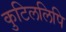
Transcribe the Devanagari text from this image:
कुटिललिपि